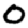
Digit: 0